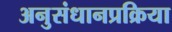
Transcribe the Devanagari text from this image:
अनुसंधानप्रक्रिया